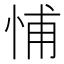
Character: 悑